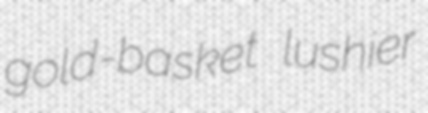
gold-basket lushier